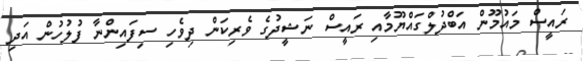
ރައީސް މައުމޫން އަބްދުލްގައްޔޫމާއި ރައީސް ނަޝީދުގެ ވެރިކަން ދިވެހި ސިފައިންނާ ފުލުހުން އަދި